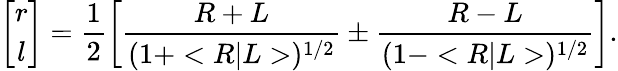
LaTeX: \left[\begin{array}{c}{{r}}\\ {{l}}\end{array}\right]=\frac{1}{2}\left[\frac{R+L}{(1+<R|L>)^{1/2}}\pm\frac{R-L}{(1-<R|L>)^{1/2}}\right].